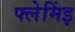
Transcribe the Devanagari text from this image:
फ्लेमिंइ